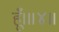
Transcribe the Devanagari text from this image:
हूँ।॥४॥